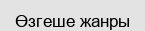
Өзгеше жанры